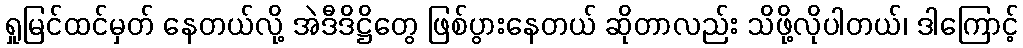
ရှုမြင်ထင်မှတ် နေတယ်လို့ အဲဒီဒိဋ္ဌိတွေ ဖြစ်ပွားနေတယ် ဆိုတာလည်း သိဖို့လိုပါတယ်၊ ဒါကြောင့်